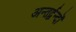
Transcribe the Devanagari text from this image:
अन्तर्द्वन्दों